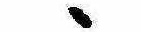
ゝ